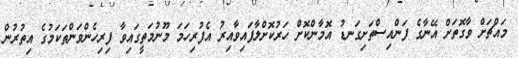
މައްޗަށް ވާގޮތަށް އޭނާގެ ފަންއިސްތަށިގަނޑު އޮމާންކޮށް ހަރުކޮށްލާފައިވާއިރު އެފުރިހަމަ މޫނުމަތީގައިވާ ފިރިހެންވަންތަކަމުގެ އިތުރުން